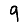
Digit: 9